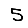
Digit: 5